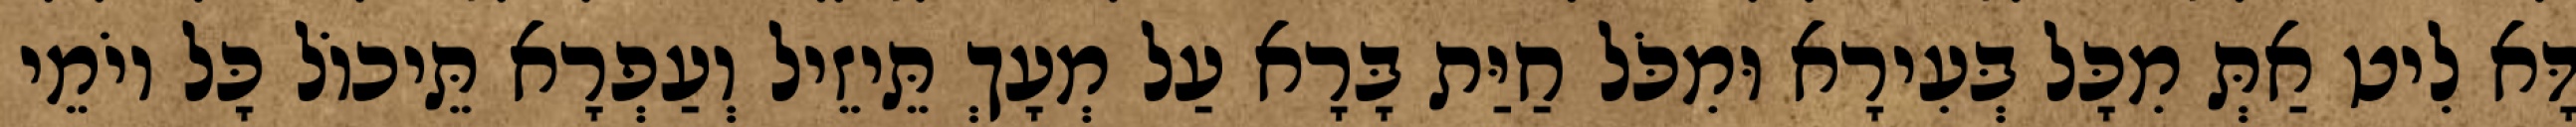
דָּא לִיט אַתְּ מִכָּל בְּעִירָא וּמִכֹּל חַיַּת בָּרָא עַל מְעָךְ תֵּיזֵיל וְעַפְרָא תֵּיכוֹל כָּל יוֹמֵי